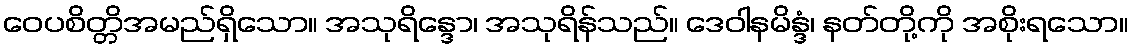
ဝေပစိတ္တိအမည်ရှိသော။ အသုရိန္ဒော၊ အသုရိန်သည်။ ဒေဝါနမိန္ဒံ၊ နတ်တို့ကို အစိုးရသော။